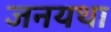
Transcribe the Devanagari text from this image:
जनयथा